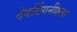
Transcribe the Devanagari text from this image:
देवर्धिगनीक्षमा